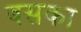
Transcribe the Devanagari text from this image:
बसका